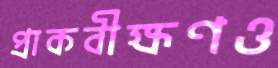
প্রাকবীক্ষণও